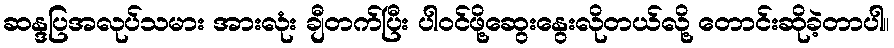
ဆန္ဒပြအလုပ်သမား အားလုံး ချီတက်ပြီး ပါဝင်ဖို့ဆွေးနွေးလိုတယ်လို့ တောင်းဆိုခဲ့တာပါ။